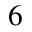
6